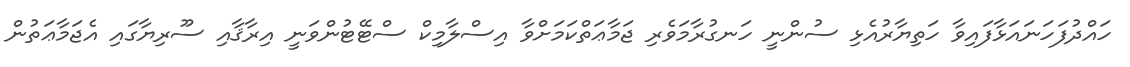
ހައްދުފަހަނައަޅާފައިވާ ހަތިޔާރުއެޅި ސުންނީ ހަނގުރާމަވެރި ޖަމާޢަތްކަމަށްވާ އިސްލާމިކް ސްޓޭޓުންވަނީ އިރާޤާއި ސޫރިޔާގައި އެޖަމާޢަތުން